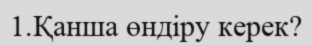
1.Қанша өндіру керек?